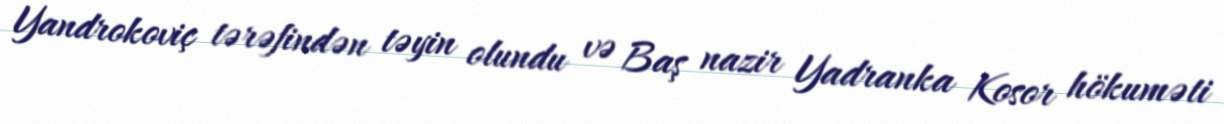
Yandrokoviç tərəfindən təyin olundu və Baş nazir Yadranka Kosor hökuməti